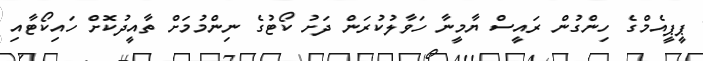
ޕީޕީއެމްގެ ހިންގުން ރައީސް ޔާމީނާ ހަވާލުކުރަން ދަށު ކޯޓުގެ ނިންމުމަށް ތާއީދުކޮށް ހައިކޯޓާއި